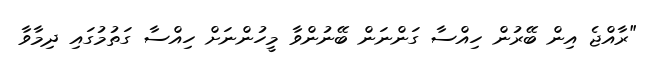
"ރާއްޖެ އިން ބޭރުން ހިއްސާ ގަންނަން ބޭނުންވާ މީހުންނަށް ހިއްސާ ގަތުމުގައި ދިމާވާ